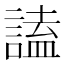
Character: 𧪞